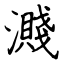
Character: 濺